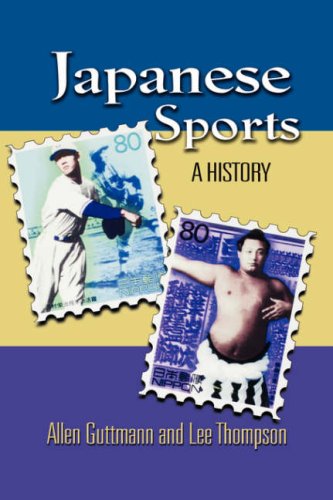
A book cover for Japanese Sports: A History; Allen Guttmann; Sports & Outdoors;